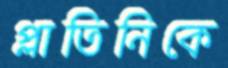
প্লাতিনিকে